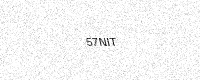
Text: 57NIT